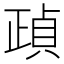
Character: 𣦓